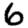
Digit: 6